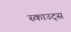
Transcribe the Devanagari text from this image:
स्‍काउट्स